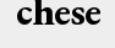
chese